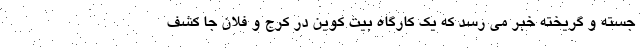
جسته و گریخته خبر می رسد که یک کارگاه بیت کوین در کرج و فلان جا کشف